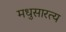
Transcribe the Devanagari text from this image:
मधुसारत्य